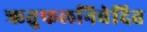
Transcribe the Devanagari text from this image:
ऋतुफलनिवेदित